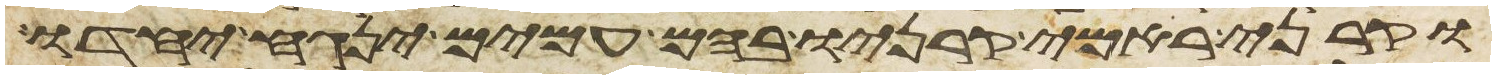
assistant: וקרני ראמי קרניו בהם עמים ינגח יחדו